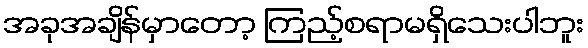
အခုအချိန်မှာတော့ ကြည့်စရာမရှိသေးပါဘူး